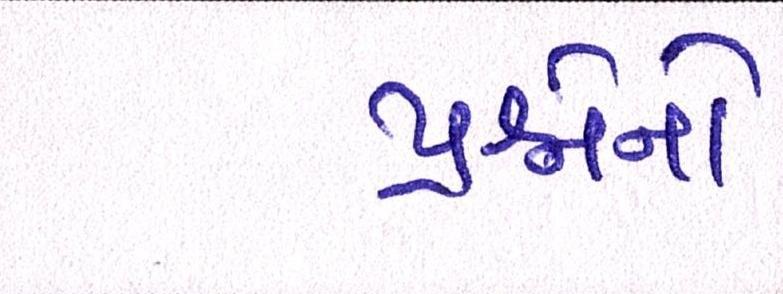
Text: પ્રશ્નોનો